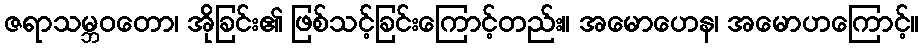
ဇရာသမ္ဘဝတော၊ အိုခြင်း၏ ဖြစ်သင့်ခြင်းကြောင့်တည်း။ အမောဟေန၊ အမောဟကြောင့်။